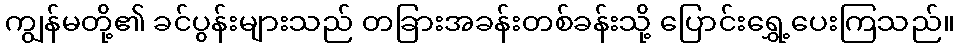
ကျွန်မတို့၏ ခင်ပွန်းများသည် တခြားအခန်းတစ်ခန်းသို့ ပြောင်းရွှေ့ပေးကြသည်။